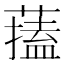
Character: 𦾃